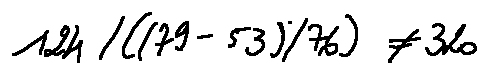
1 2 4 / ( ( 7 9 - 5 3 ) / 7 6 ) \neq 3 2 0